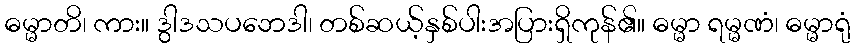
ဓမ္မာတိ၊ ကား။ ဒွါဒသပဘေဒါ၊ တစ်ဆယ့်နှစ်ပါးအပြားရှိကုန်၏။ ဓမ္မာ ရမ္မဏံ၊ ဓမ္မာရုံ